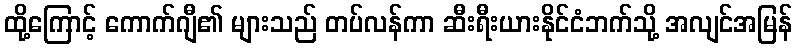
ထို့ကြောင့် ကောက်ဂျီ၏ များသည် တပ်လန်ကာ ဆီးရီးယားနိုင်ငံဘက်သို့ အလျင်အမြန်